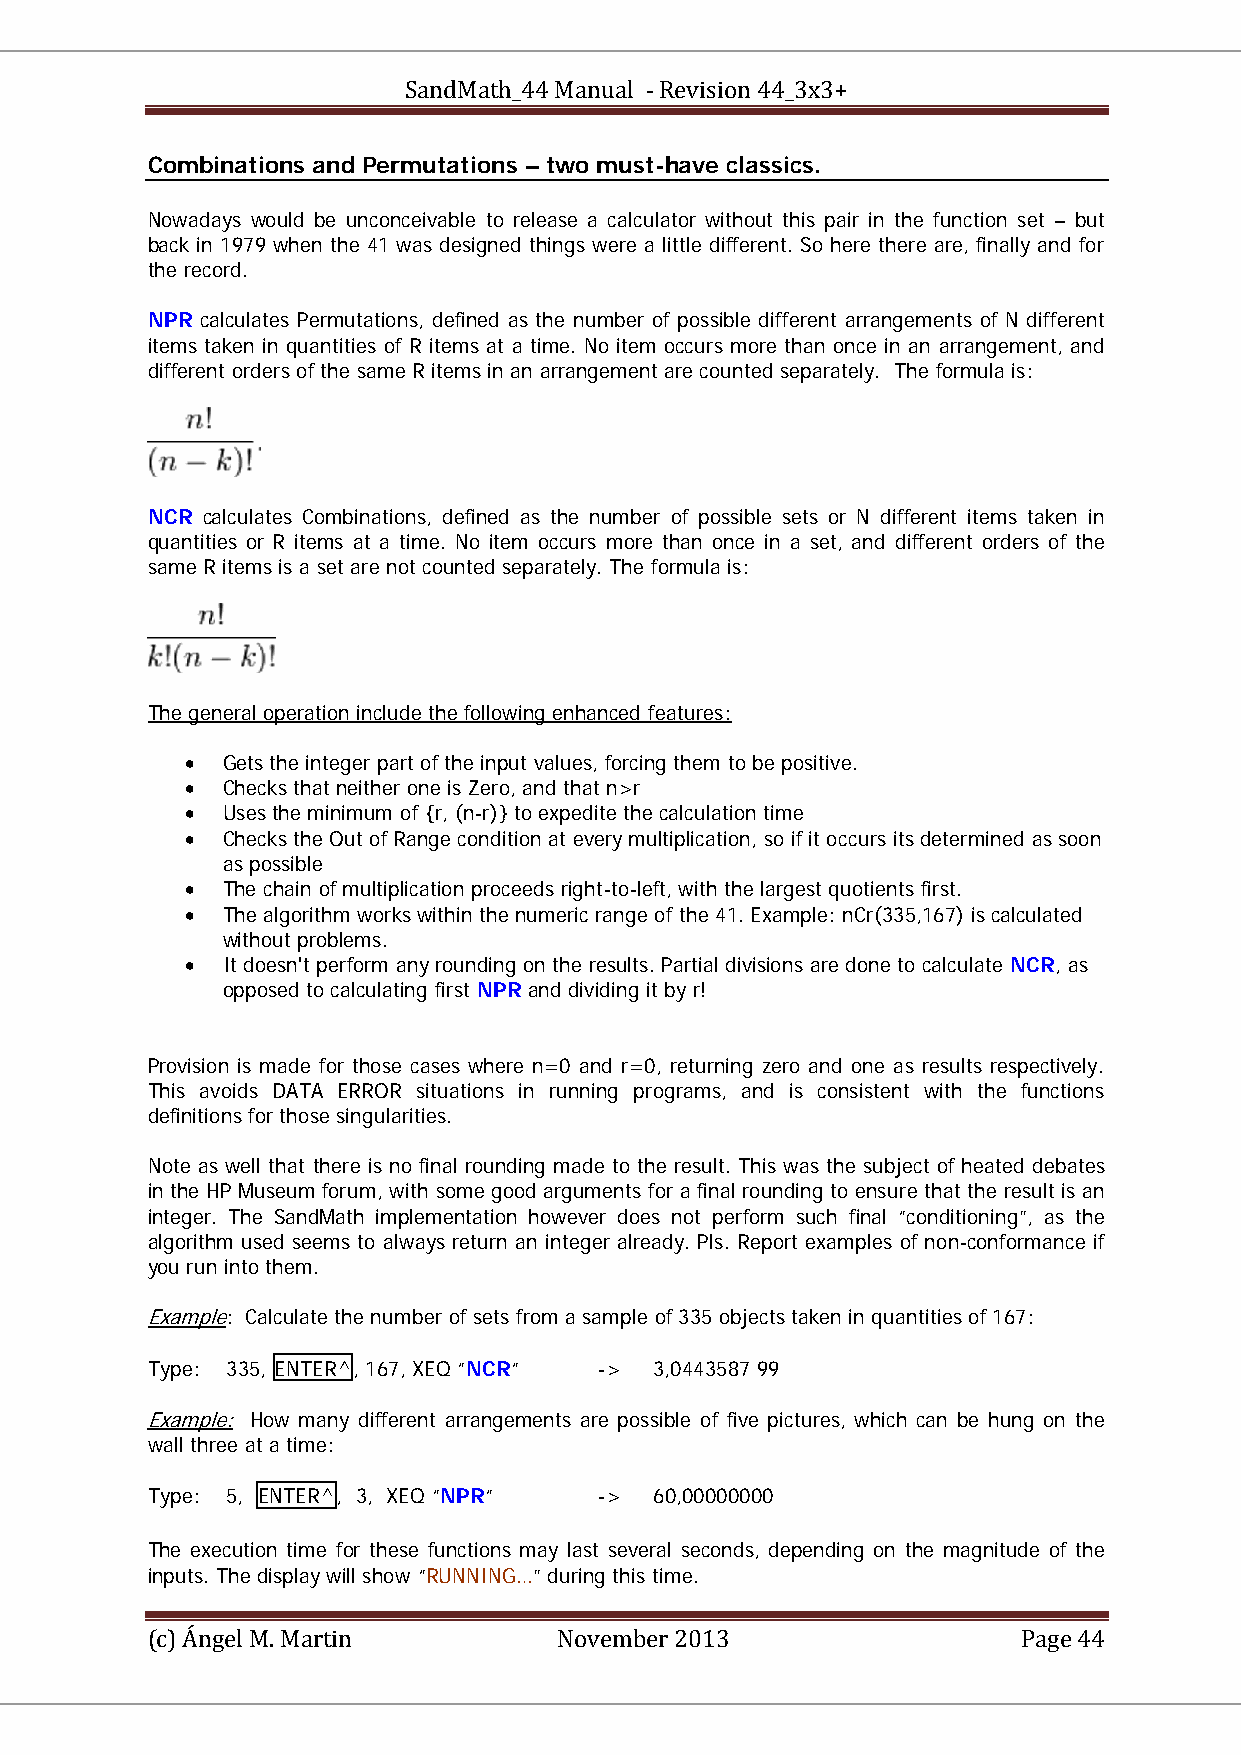
SandMath_44 Manual - Revision 44_3x3+
 Combinations and Permutations – two must-have classics.
 Nowadays would be unconceivable to release a calculator without this pair in the function set – but
 back in 1979 when the 41 was designed things were a little different. So here there are, finally and for
 the record.
 NPR calculates Permutations, defined as the number of possible different arrangements of N different
 items taken in quantities of R items at a time. No item occurs more than once in an arrangement, and
 different orders of the same R items in an arrangement are counted separately. The formula is:
 NCR calculates Combinations, defined as the number of possible sets or N different items taken in
 quantities or R items at a time. No item occurs more than once in a set, and different orders of the
 same R items is a set are not counted separately. The formula is:
 The general operation include the following enhanced features:
 UU
 •  Gets the integer part of the input values, forcing them to be positive.
 •  Checks that neither one is Zero, and that n>r
 •  Uses the minimum of {r, (n-r)} to expedite the calculation time
 •  Checks the Out of Range condition at every multiplication, so if it occurs its determined as soon
 as possible
 •  The chain of multiplication proceeds right-to-left, with the largest quotients first.
 •  The algorithm works within the numeric range of the 41. Example: nCr(335,167) is calculated
 without problems.
 •  It doesn't perform any rounding on the results. Partial divisions are done to calculate NCR, as
 opposed to calculating first NPR and dividing it by r!
 Provision is made for those cases where n=0 and r=0, returning zero and one as results respectively.
 This avoids DATA ERROR situations in running programs, and is consistent with the functions
 definitions for those singularities.
 Note as well that there is no final rounding made to the result. This was the subject of heated debates
 in the HP Museum forum, with some good arguments for a final rounding to ensure that the result is an
 integer. The SandMath implementation however does not perform such final “conditioning”, as the
 algorithm used seems to always return an integer already. Pls. Report examples of non-conformance if
 you run into them.
 Example: Calculate the number of sets from a sample of 335 objects taken in quantities of 167:
 UU   UU
 Type: 335, ENTER^, 167, XEQ “NCR“ -> 3,0443587 99
 Example: How many different arrangements are possible of five pictures, which can be hung on the
 UU   UU
 wall three at a time:
 Type: 5, ENTER^, 3, XEQ “NPR“ -> 60,00000000
 The execution time for these functions may last several seconds, depending on the magnitude of the
 inputs. The display will show “RUNNING…” during this time.
 (c) Ángel M. Martin        November 2013                  Page 44